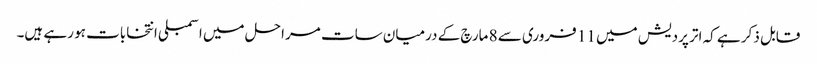
قابل ذکر ہے کہ اتر پردیش میں 11 فروری سے 8 مارچ کے درمیان سات مراحل میں اسمبلی انتخابات ہو رہے ہیں۔